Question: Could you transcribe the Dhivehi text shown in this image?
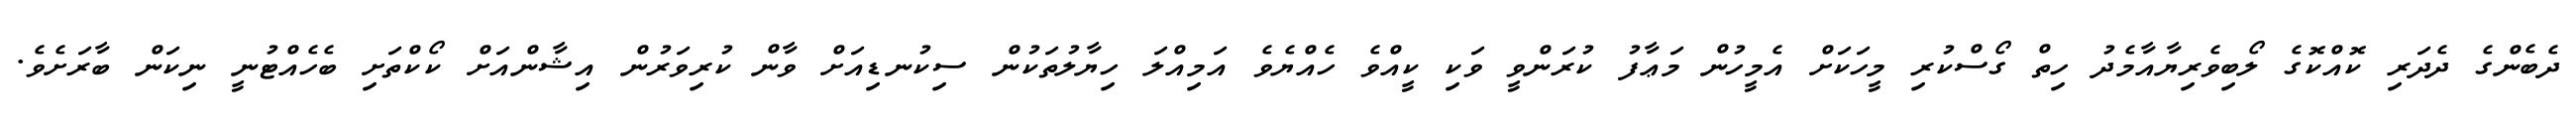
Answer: ދެބެންގެ ދެދަރި ކޮއްކޮގެ ލޯބިވެރިޔާއާމެދު ހިތް ގޯސްކުރި މީހަކަށް އެމީހުން މަޢާފު ކުރަންވީ ވަކި ކީއްވެ ހެއްޔެވެ އަމިއްލަ ހިޔާލުތަކުން ސިކުނޑިއަށް ވާން ކުރިވަރުން އިޝާންއަށް ކޯކްތަށި ބެހެއްޓުނީ ނިކަން ބާރަށެވެ.